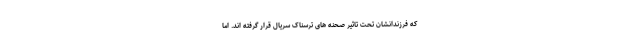
که فرزندانشان تحت تاثیر صحنه های ترسناک سریال قرار گرفته اند. اما